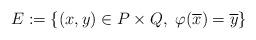
LaTeX: \begin{align*}E:=\{(x,y)\in P\times Q, \ \varphi(\overline{x})=\overline{y}\}\end{align*}